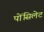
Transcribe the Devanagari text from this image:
पोंसिलेट